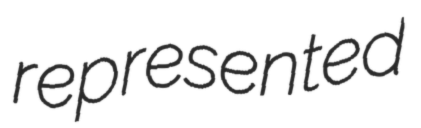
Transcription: represented